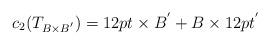
LaTeX: \begin{align*}c_2(T_{B\times B^{'}})=12pt\times B^{'}+B\times 12pt^{'}\end{align*}